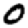
Digit: 0